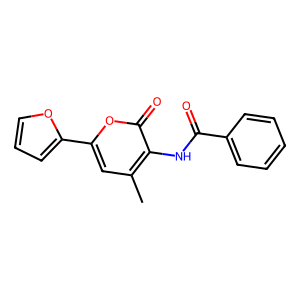
SMILES: Cc1cc(-c2ccco2)oc(=O)c1NC(=O)c1ccccc1
Inhibits HIV replication: No